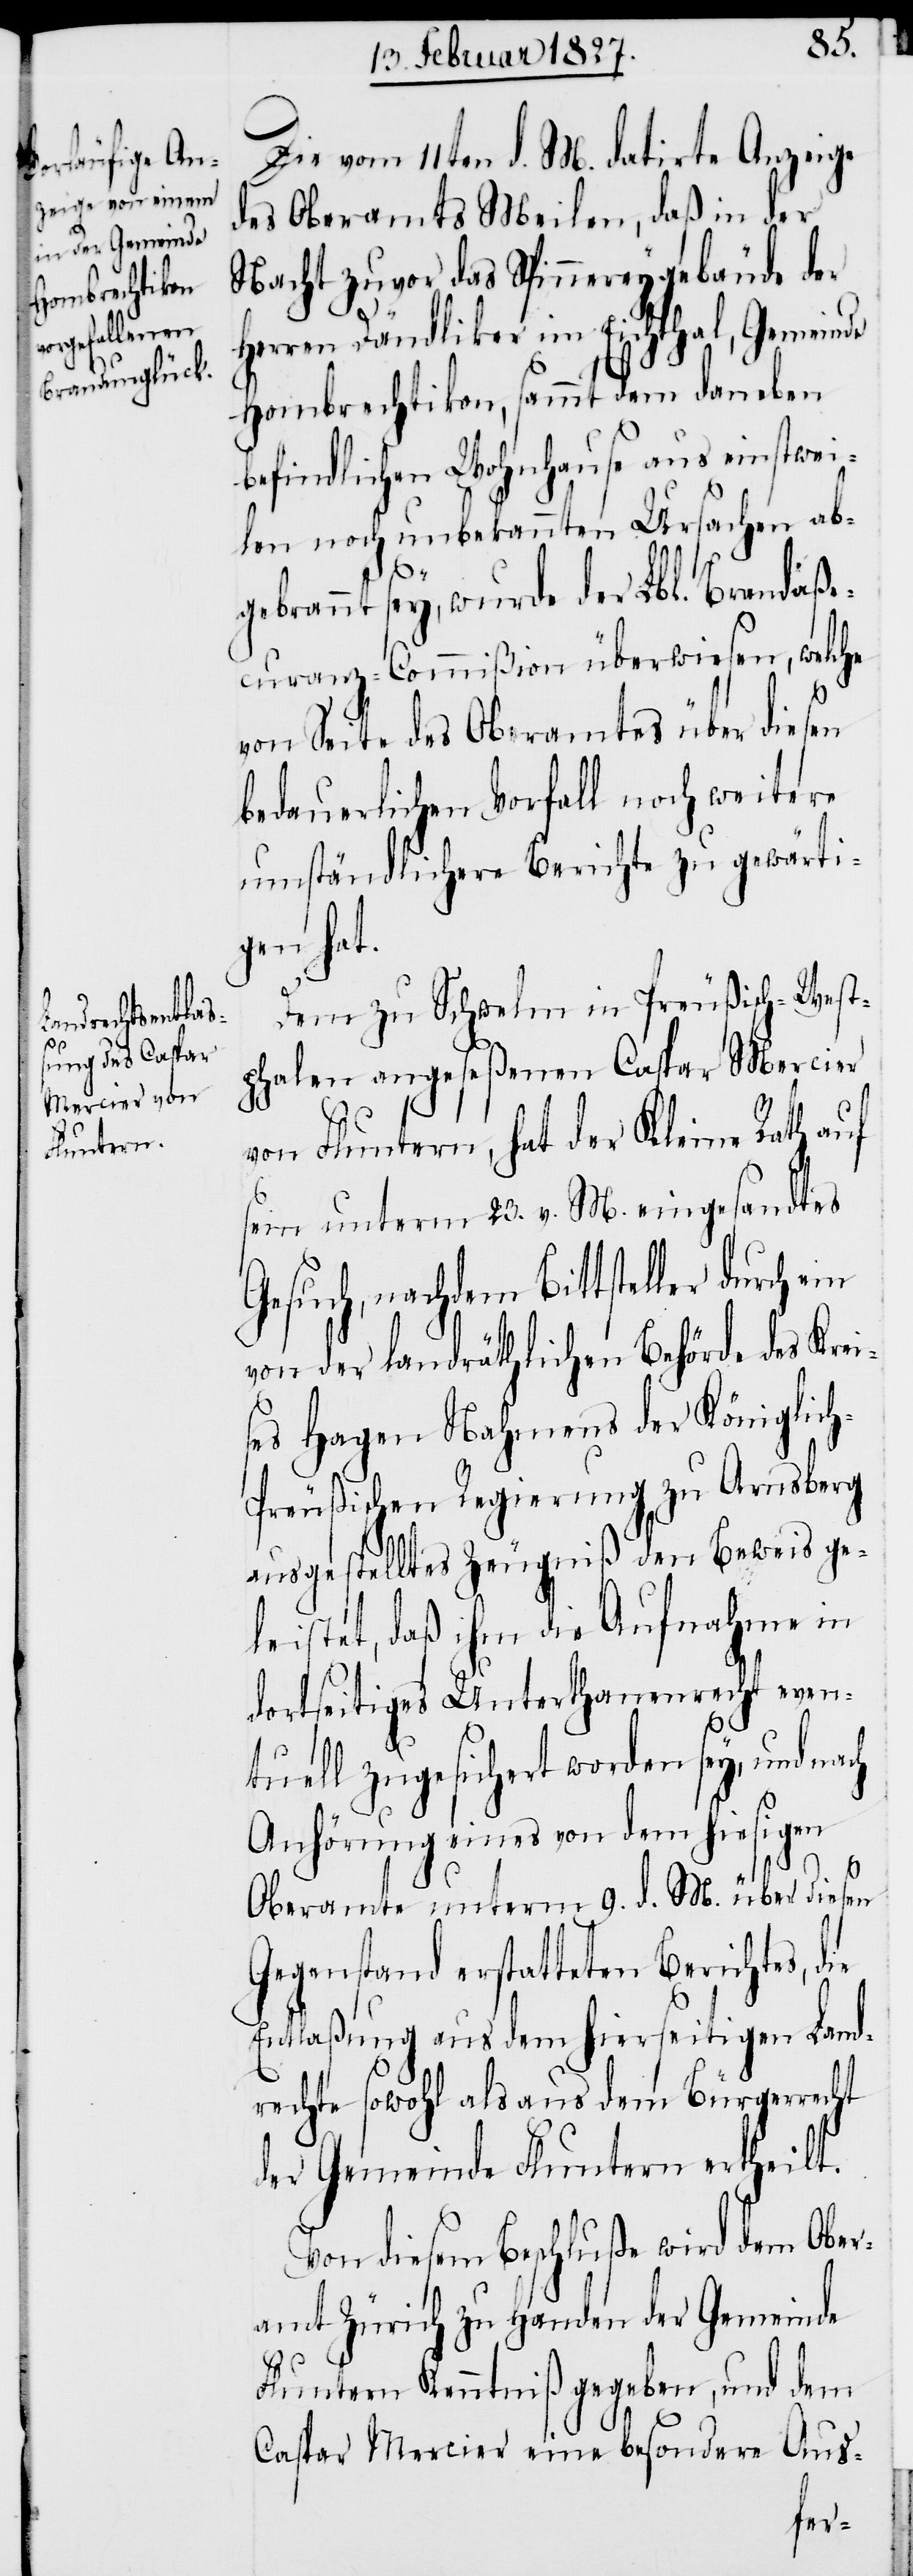
Die vom 11ten d. M. datirte Anzeige
des Oberamtes Meilen, daß in der
Nacht zuvor das Spinnereygebäude der
Herrn Dändliker im Eichthal, Gemeinde
Hombrechtikon, sammt dem daneben
befindlichen Wohnhause aus einstwei¬
len noch unbekannten Ursachen ab¬
gebrannt sey, wurde der Lbl. Brandaße¬
curanz-Commißion überwiesen, welche
von Seite des Oberamtes über diesen
bedauerlichen Vorfall noch weitere
umständliche Berichte zu gewärti¬
gen hat.
Dem zu Schwelm in Preußisch-West¬
phalen angeseßenen Caspar Mercier
von Fluntern, hat der Kleine Rath auf
sein unterm 23. v. M. eingesandtes
Gesuch, nachdem Bittsteller durch
von der landräthlichen Behörde des Krei¬
ses Hagen Nahmens der Königlic¬
h-Preußischen Regierung zu Arnsberg
ausgestelltes Zeugniß den Beweis ge¬
leistet, daß ihm die Aufnahme in
dortseitiges Unterthanenrecht even¬
tuell zugesichert worden sey, und nach
Anhörung eines von dem hiesigen
Oberamte unterm 9. d. M. über diesen
Gegenstand erstatteten Berichtes, die
Entlaßung aus dem hierseitigen Land¬
rechte sowohl als aus dem Bürgerrecht
der Gemeinde Fluntern ertheilt.
Von diesem Beschluße wird dem Ober¬
amt Zürich zu Handen der Gemeinde
Fluntern Kenntniß gegeben, und dem
Caspar Mercier eine besondere Aus-